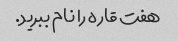
هفت قاره را نام ببرید.